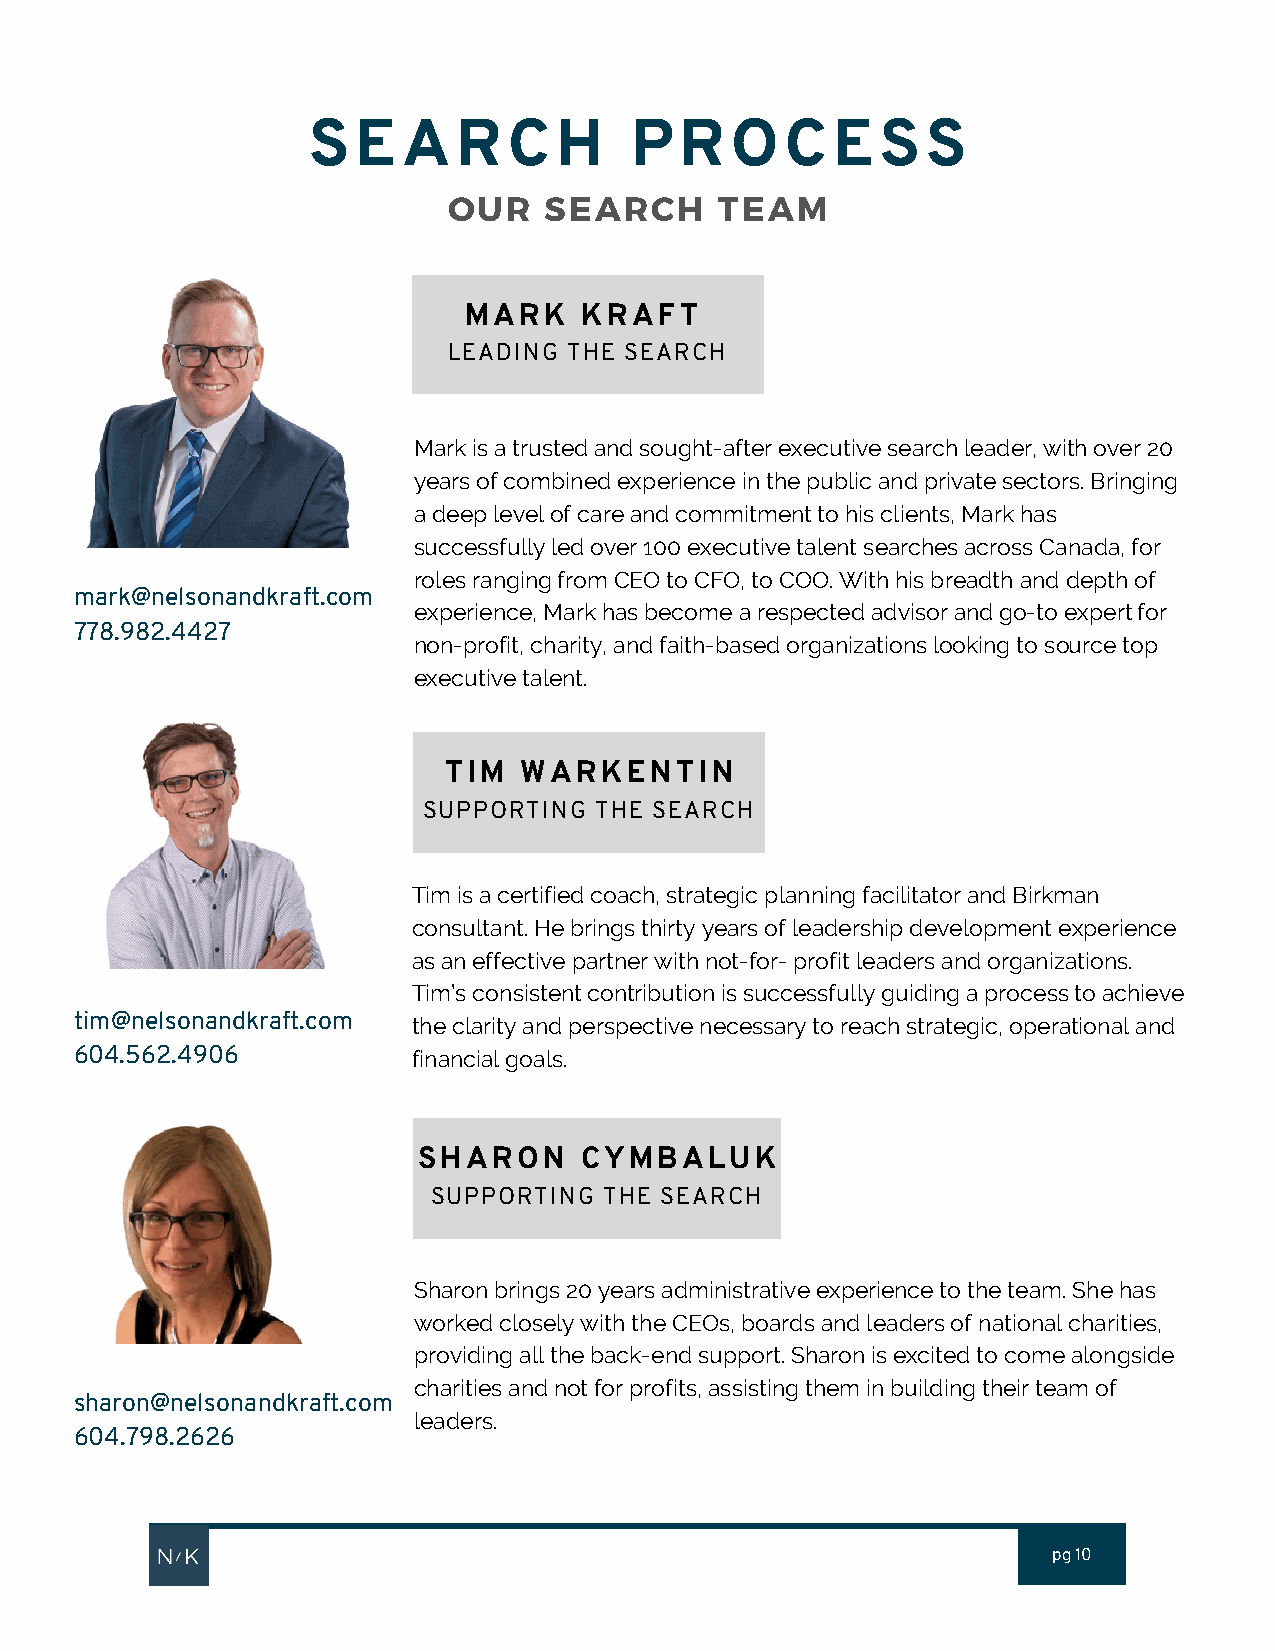
SEARCH                PROCESS
 OUR   SEARCH      TEAM
 MARK    KRAFT
 LEADING THE SEARCH
 Mark is a trusted and sought-after executive search leader, with over 20
 years of combined experience in the public and private sectors. Bringing
 a deep level of care and commitment to his clients, Mark has
 successfully led over 100 executive talent searches across Canada, for
 roles ranging from CEO to CFO, to COO. With his breadth and depth of
 mark@nelsonandkraft.com
 experience, Mark has become a respected advisor and go-to expert for
 778.982.4427
 non-profit, charity, and faith-based organizations looking to source top
 executive talent.
 TIM  WARKENTIN
 SUPPORTING THE SEARCH
 Tim is a certified coach, strategic planning facilitator and Birkman
 consultant. He brings thirty years of leadership development experience
 as an effective partner with not-for- profit leaders and organizations.
 Tim’s consistent contribution is successfully guiding a process to achieve
 tim@nelsonandkraft.com
 the clarity and perspective necessary to reach strategic, operational and
 604.562.4906          financial goals.
 SHARON    CYMBALUK
 SUPPORTING THE SEARCH
 Sharon brings 20 years administrative experience to the team. She has
 worked closely with the CEOs, boards and leaders of national charities,
 providing all the back-end support. Sharon is excited to come alongside
 charities and not for profits, assisting them in building their team of
 sharon@nelsonandkraft.com
 leaders.
 604.798.2626
 pg 10